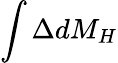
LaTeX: \int\Delta dM_{H}